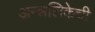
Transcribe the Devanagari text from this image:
अन्न्नलिकेची